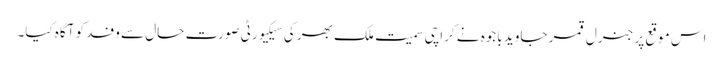
اس موقع پر جنرل قمر جاوید باجوہ نے کراچی سمیت ملک بھر کی سیکیورٹی صورت حال سے وفد کو آگاہ کیا۔